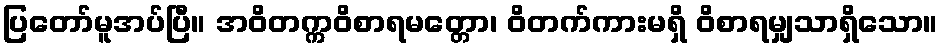
ပြတော်မူအပ်ပြီ။ အဝိတက္ကဝိစာရမတ္တော၊ ဝိတက်ကားမရှိ ဝိစာရမျှသာရှိသော။